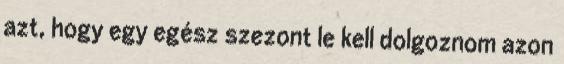
azt, hogy egy egész szezont le kell dolgoznom azon